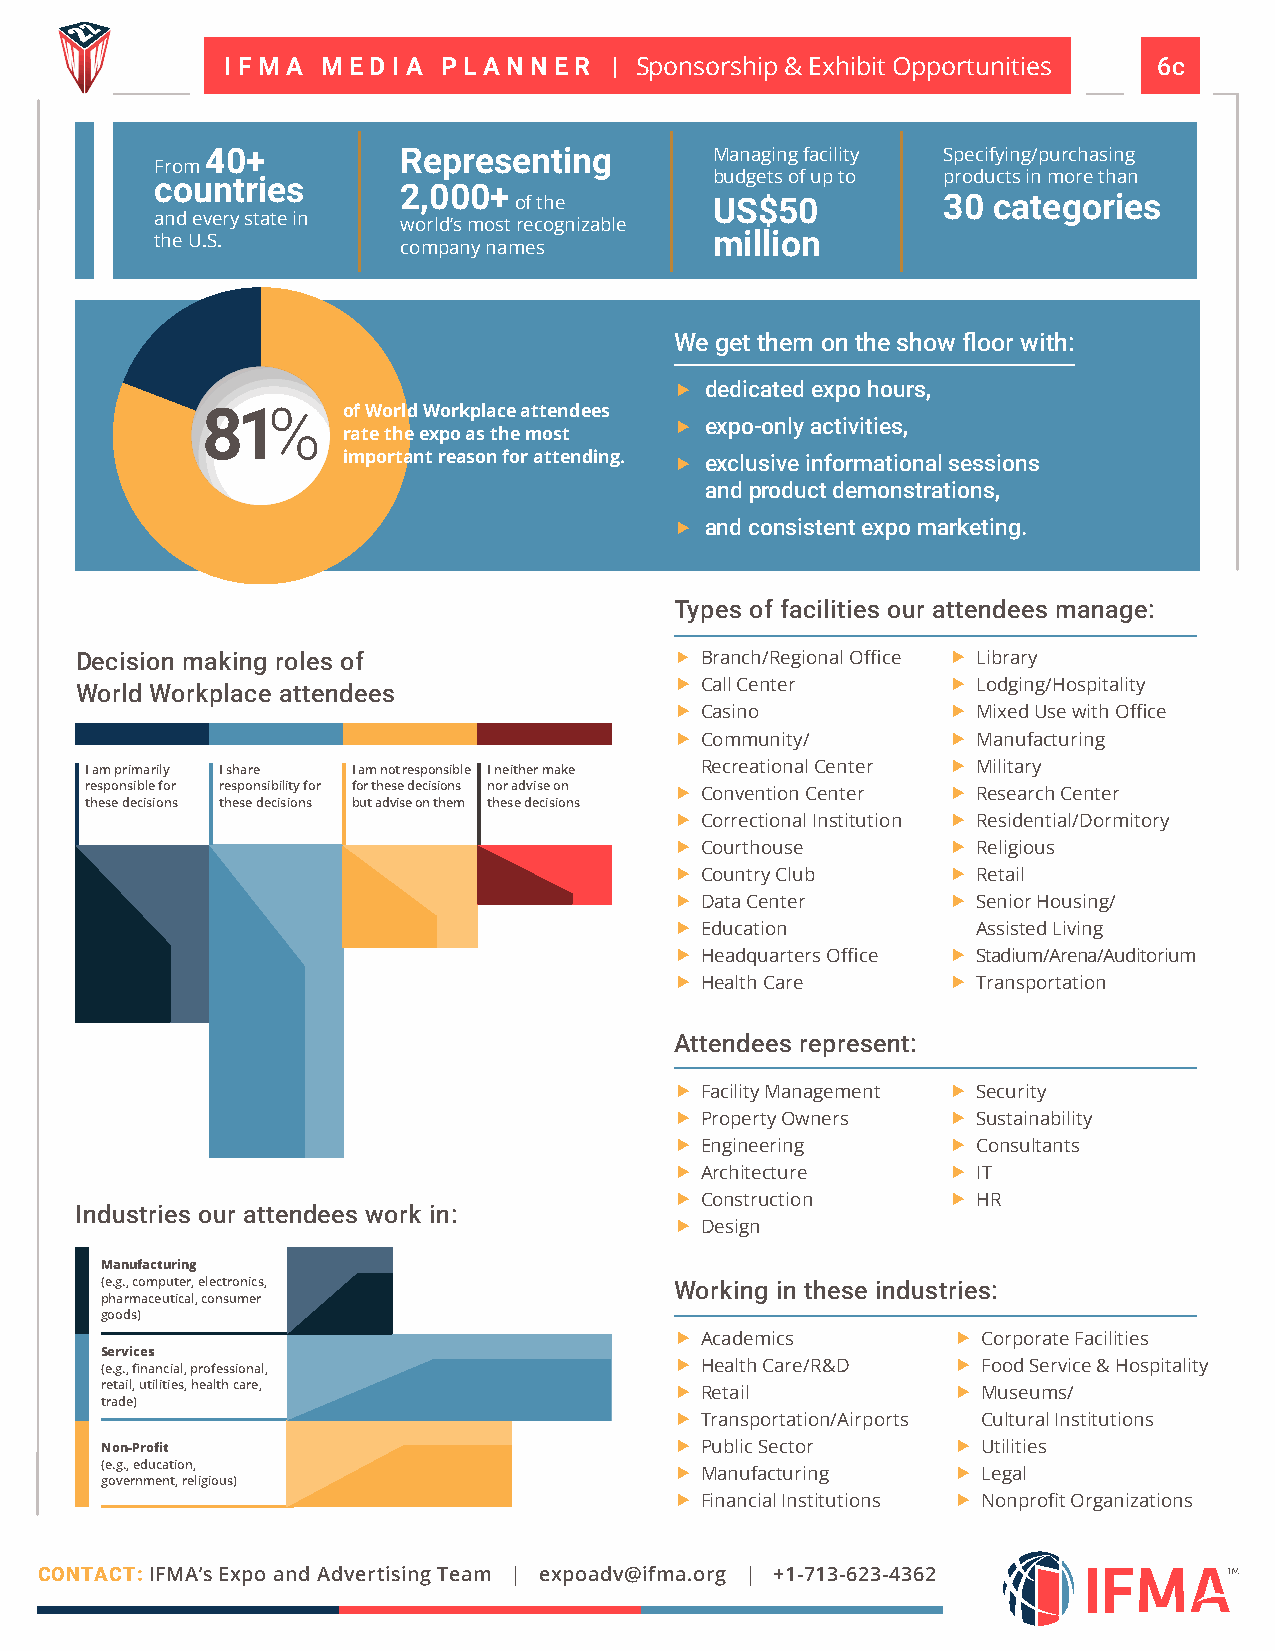
I F M A M E D I A P L A N N E R | Sponsorship & Exhibit Opportunities 6c
 MUSIC CITY CENTER | NASHVILLE, TENNESSEE, USA
 40+          Representing        Managing facility Specifying/purchasing
 From
 budgets of up to products in more than
 countries        2,000+
 of the       US$50          30  categories
 and every state in world’s most recognizable
 the U.S.         company names       million
 We get them on the show floor with:
  dedicated expo hours,
 81%       of World Workplace attendees
 rate the expo as the most
  expo-only activities,
 important reason for attending.  exclusive informational sessions
 and product demonstrations,
  and consistent expo marketing.
 Types of facilities our attendees manage:
 Decision making roles of                 Branch/Regional Office  Library
 World Workplace attendees                Call Center      Lodging/Hospitality
  Casino           Mixed Use with Office
  Community/       Manufacturing
 I am primarily I share I am not responsible I neither make Recreational Center  Military
 responsible for responsibility for for these decisions nor advise on  Convention Center  Research Center
 these decisions these decisions but advise on them these decisions
  Correctional Institution  Residential/Dormitory
  Courthouse       Religious
  Country Club     Retail
  Data Center      Senior Housing/
  Education         Assisted Living
  Headquarters Office  Stadium/Arena/Auditorium
  Health Care      Transportation
 Attendees represent:
  Facility Management  Security
  Property Owners  Sustainability
  Engineering      Consultants
  Architecture     IT
  Construction     HR
 Industries our attendees work in:
  Design
 Manufacturing
 (e.g., computer, electronics,         Working in these industries:
 pharmaceutical, consumer
 goods)
  Academics        Corporate Facilities
 Services
 (e.g., financial, professional,        Health Care/R&D  Food Service & Hospitality
 retail, utilities, health care,        Retail           Museums/
 trade)
  Transportation/Airports Cultural Institutions
 Non-Profit                             Public Sector    Utilities
 (e.g., education,                      Manufacturing    Legal
 government, religious)
  Financial Institutions  Nonprofit Organizations
 CONTACT: IFMA’s Expo and Advertising Team | expoadv@ifma.org | +1-713-623-4362